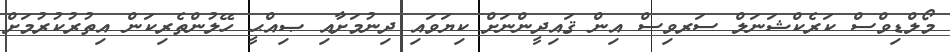
މޯލްޑިވްސް ކަރެކްޝަނަލް ސަރވިސް އިން ޤައިދީންނަށް ކިޔަވައި ދިނުމަށާއި ޞިއްޙީ ހޭލުންތެރިކަން އިތުރުކުރުމަށް